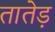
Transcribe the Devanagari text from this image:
तातेड़